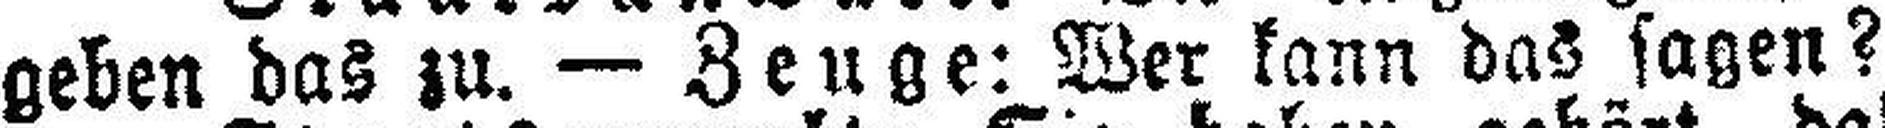
geben das zu. — Zeuge: Wer kann das sagen?